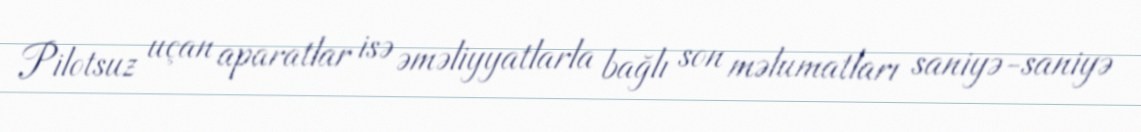
Pilotsuz uçan aparatlar isə əməliyyatlarla bağlı son məlumatları saniyə-saniyə